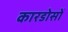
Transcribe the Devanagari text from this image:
कारडोसों